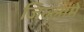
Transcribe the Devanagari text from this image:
जिल्लामे